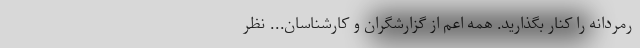
رمردانه را کنار بگذارید. همه اعم از گزارشگران و کارشناسان... نظر